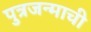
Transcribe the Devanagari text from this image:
पुत्रजन्माची